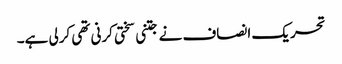
تحریک انصاف نے جتنی سختی کرنی تھی کرلی ہے۔